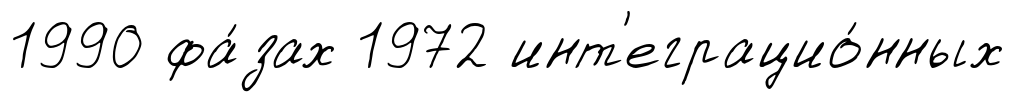
1990 фа́зах 1972 инт'еграцио́нных